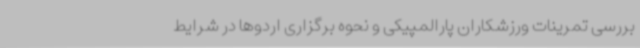
بررسی تمرینات ورزشکاران پارالمپیکی و نحوه برگزاری اردوها در شرایط